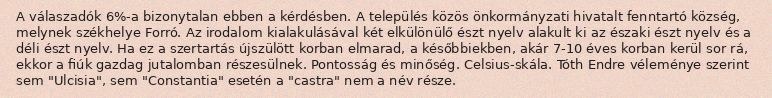
A válaszadók 6%-a bizonytalan ebben a kérdésben. A település közös önkormányzati hivatalt fenntartó község, melynek székhelye Forró. Az irodalom kialakulásával két elkülönülő észt nyelv alakult ki az északi észt nyelv és a déli észt nyelv. Ha ez a szertartás újszülött korban elmarad, a későbbiekben, akár 7-10 éves korban kerül sor rá, ekkor a fiúk gazdag jutalomban részesülnek. Pontosság és minőség. Celsius-skála. Tóth Endre véleménye szerint sem "Ulcisia", sem "Constantia" esetén a "castra" nem a név része.